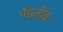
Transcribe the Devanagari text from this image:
मेँडलीव